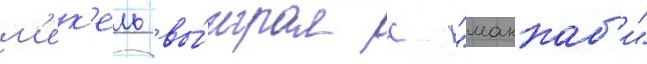
м'ек'ель вы́играл с "маккаб'и"